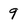
Character: 9